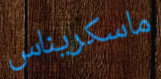
ماسكريناس